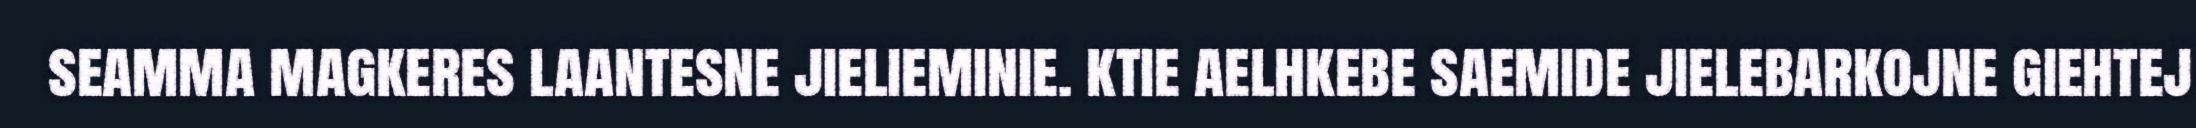
seamma magkeres laantesne jielieminie. ktie aelhkebe saemide jielebarkojne giehtej